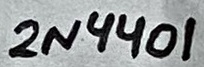
Text: 2N4401